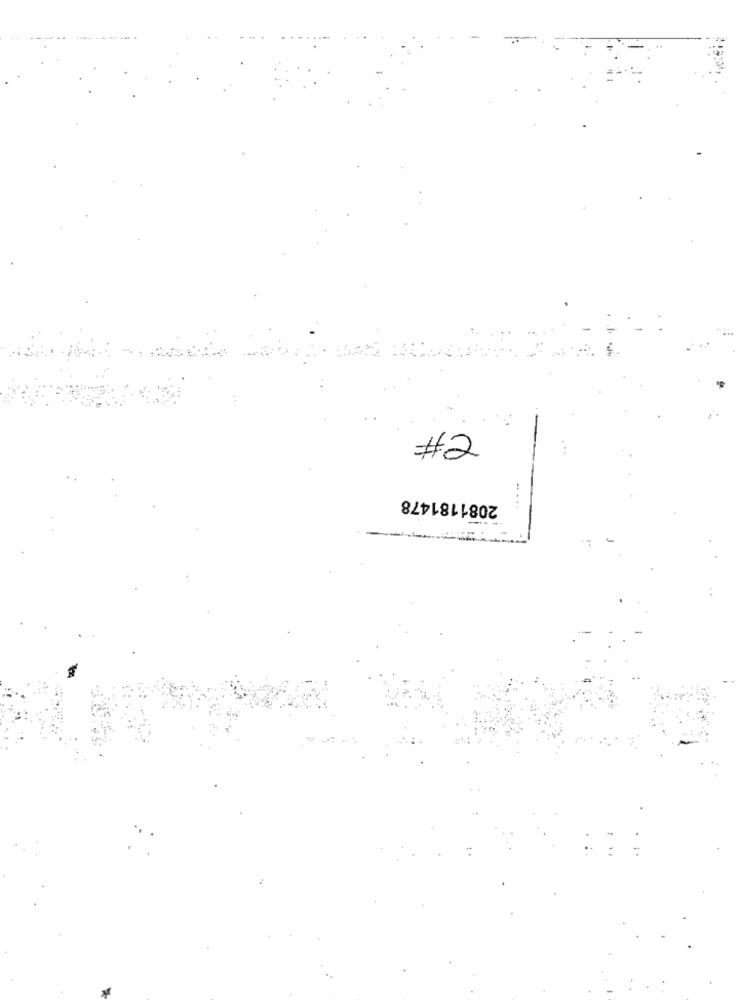
#2
2081181478
.....